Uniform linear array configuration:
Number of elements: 8
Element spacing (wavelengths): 0.75
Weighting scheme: hann
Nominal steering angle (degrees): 15
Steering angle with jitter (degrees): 13.264
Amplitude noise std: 0.05
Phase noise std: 0.05

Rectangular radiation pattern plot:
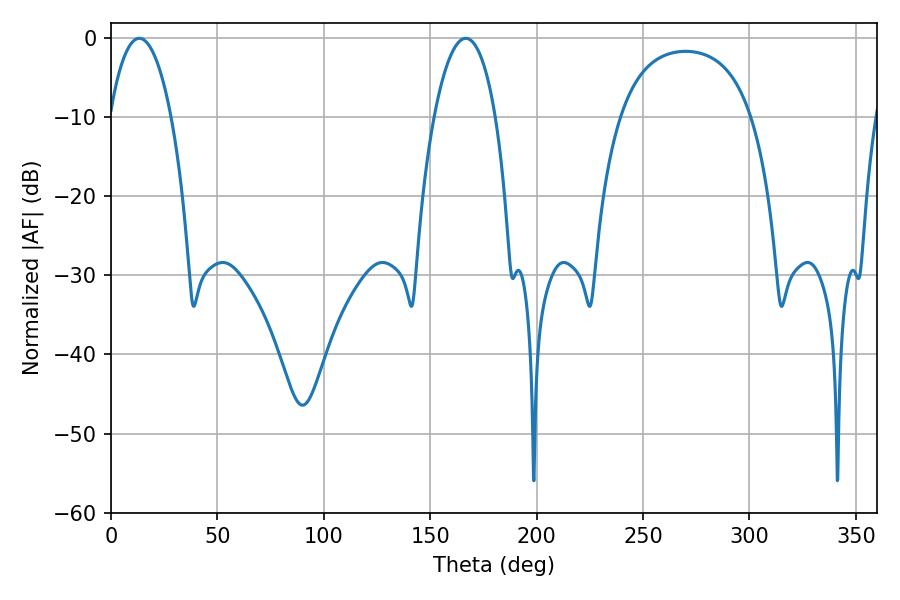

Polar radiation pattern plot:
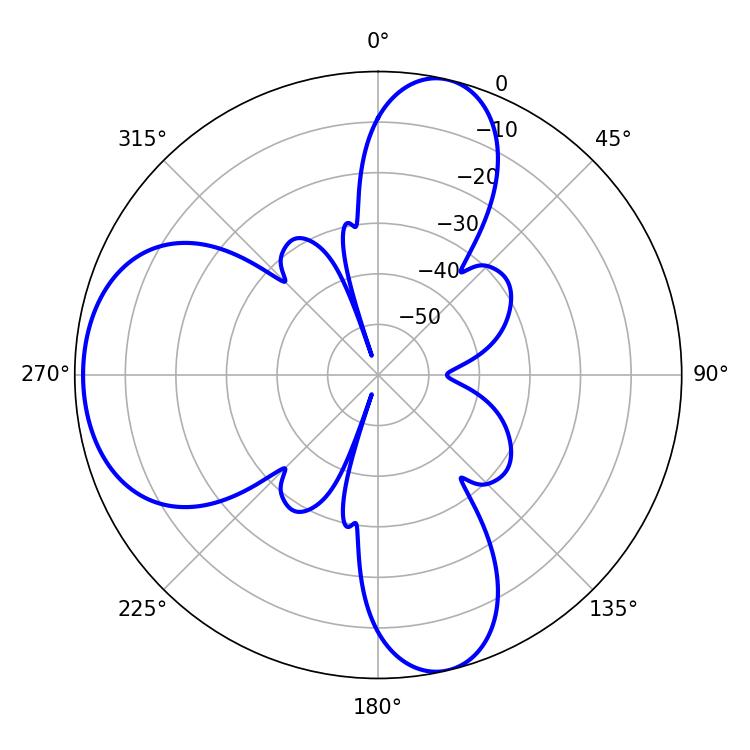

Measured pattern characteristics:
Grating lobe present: TRUE
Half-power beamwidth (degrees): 16.2
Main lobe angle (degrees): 13.32